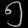
Digit: ၅